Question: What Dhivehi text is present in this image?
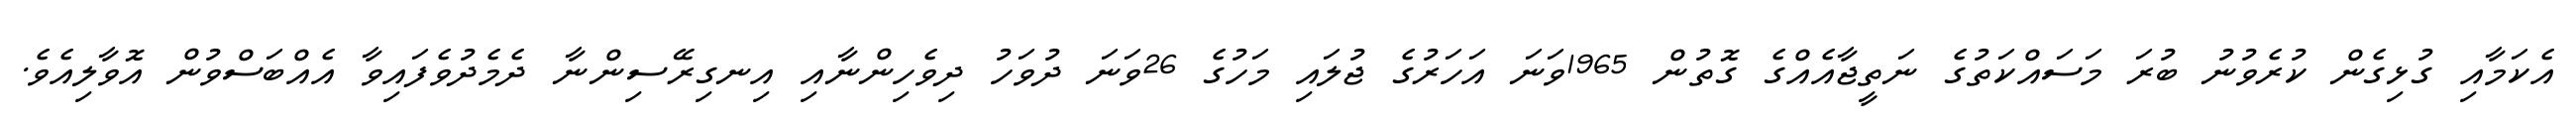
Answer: އެކަމާއި ގުޅިގެން ކުރެވުނު ބުރަ މަސައްކަތުގެ ނަތީޖާއެއްގެ ގޮތުން 1965ވަނަ އަހަރުގެ ޖުލައި މަހުގެ 26ވަނަ ދުވަހު ދިވެހިންނާއި އިނގިރޭސިންނާ ދެމެދުވެފައިވާ އެއްބަސްވުން އޮވާލިއެވެ.